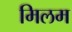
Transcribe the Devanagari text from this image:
मिलम